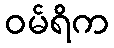
ဝမ်ရိက